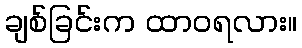
ချစ်ခြင်းက ထာဝရလား။